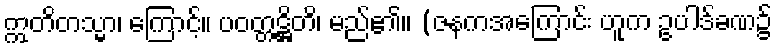
ဣတိတသ္မာ၊ ကြောင့်။ ပဝတ္တဋ္ဌိတိ၊ မည်၏။ (ဇနကအကြောင်း ဟူက ဥပါဒ်ခဏ၌